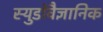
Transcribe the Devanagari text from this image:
स्युडोवैज्ञानिक